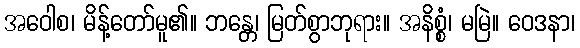
အဝေါစ၊ မိန့်တော်မူ၏။ ဘန္တေ၊ မြတ်စွာဘုရား။ အနိစ္စံ၊ မမြဲ။ ဝေဒနာ၊